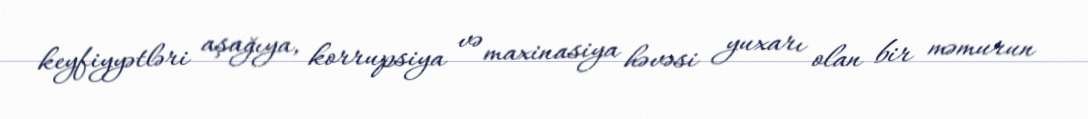
keyfiyyətləri aşağıya, korrupsiya və maxinasiya həvəsi yuxarı olan bir məmurun